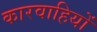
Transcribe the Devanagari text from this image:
कारवाहियों